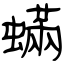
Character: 蟎